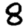
Digit: 8